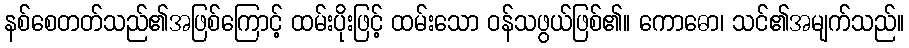
နစ်စေတတ်သည်၏အဖြစ်ကြောင့် ထမ်းပိုးဖြင့် ထမ်းသော ဝန်သဖွယ်ဖြစ်၏။ ကောဓော၊ သင်၏အမျက်သည်။